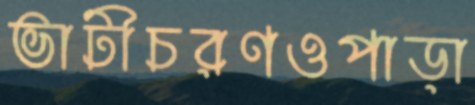
ভাটীচরণওপাড়া